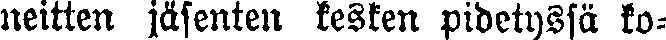
neitten jäsenten kesken pidetyssä ko-